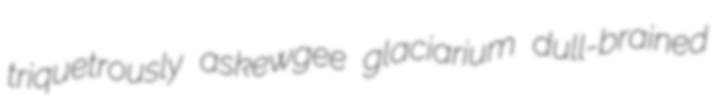
triquetrously askewgee glaciarium dull-brained